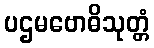
ပဌမဗောဓိသုတ္တံ